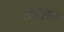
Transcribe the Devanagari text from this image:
वाहाण